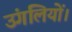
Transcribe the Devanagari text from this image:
उंगलियों।